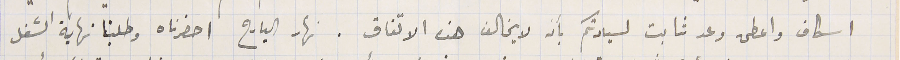
اسكاف واعطى وعد ثابت لسيادتكم بأن لا يخالف هذا الاتفاق. نهار البارح احضرناه وطلبنا نهاية الشغل